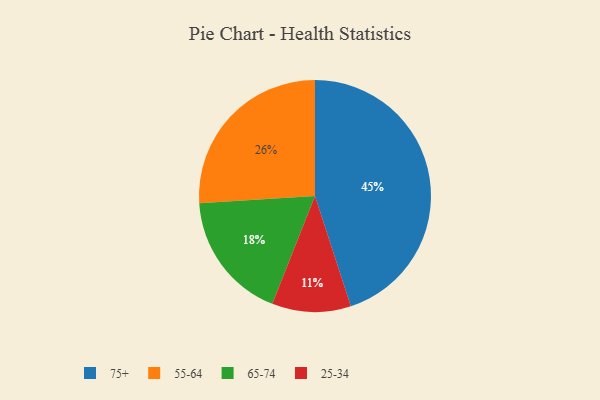
{"axis": {"x": "Category", "y": "Percentage"}, "legend": ["25-34", "55-64", "65-74", "75+"], "data": [{"x": "55-64", "y": 26, "type": "55-64"}, {"x": "75+", "y": 45, "type": "75+"}, {"x": "25-34", "y": 11, "type": "25-34"}, {"x": "65-74", "y": 18, "type": "65-74"}]}